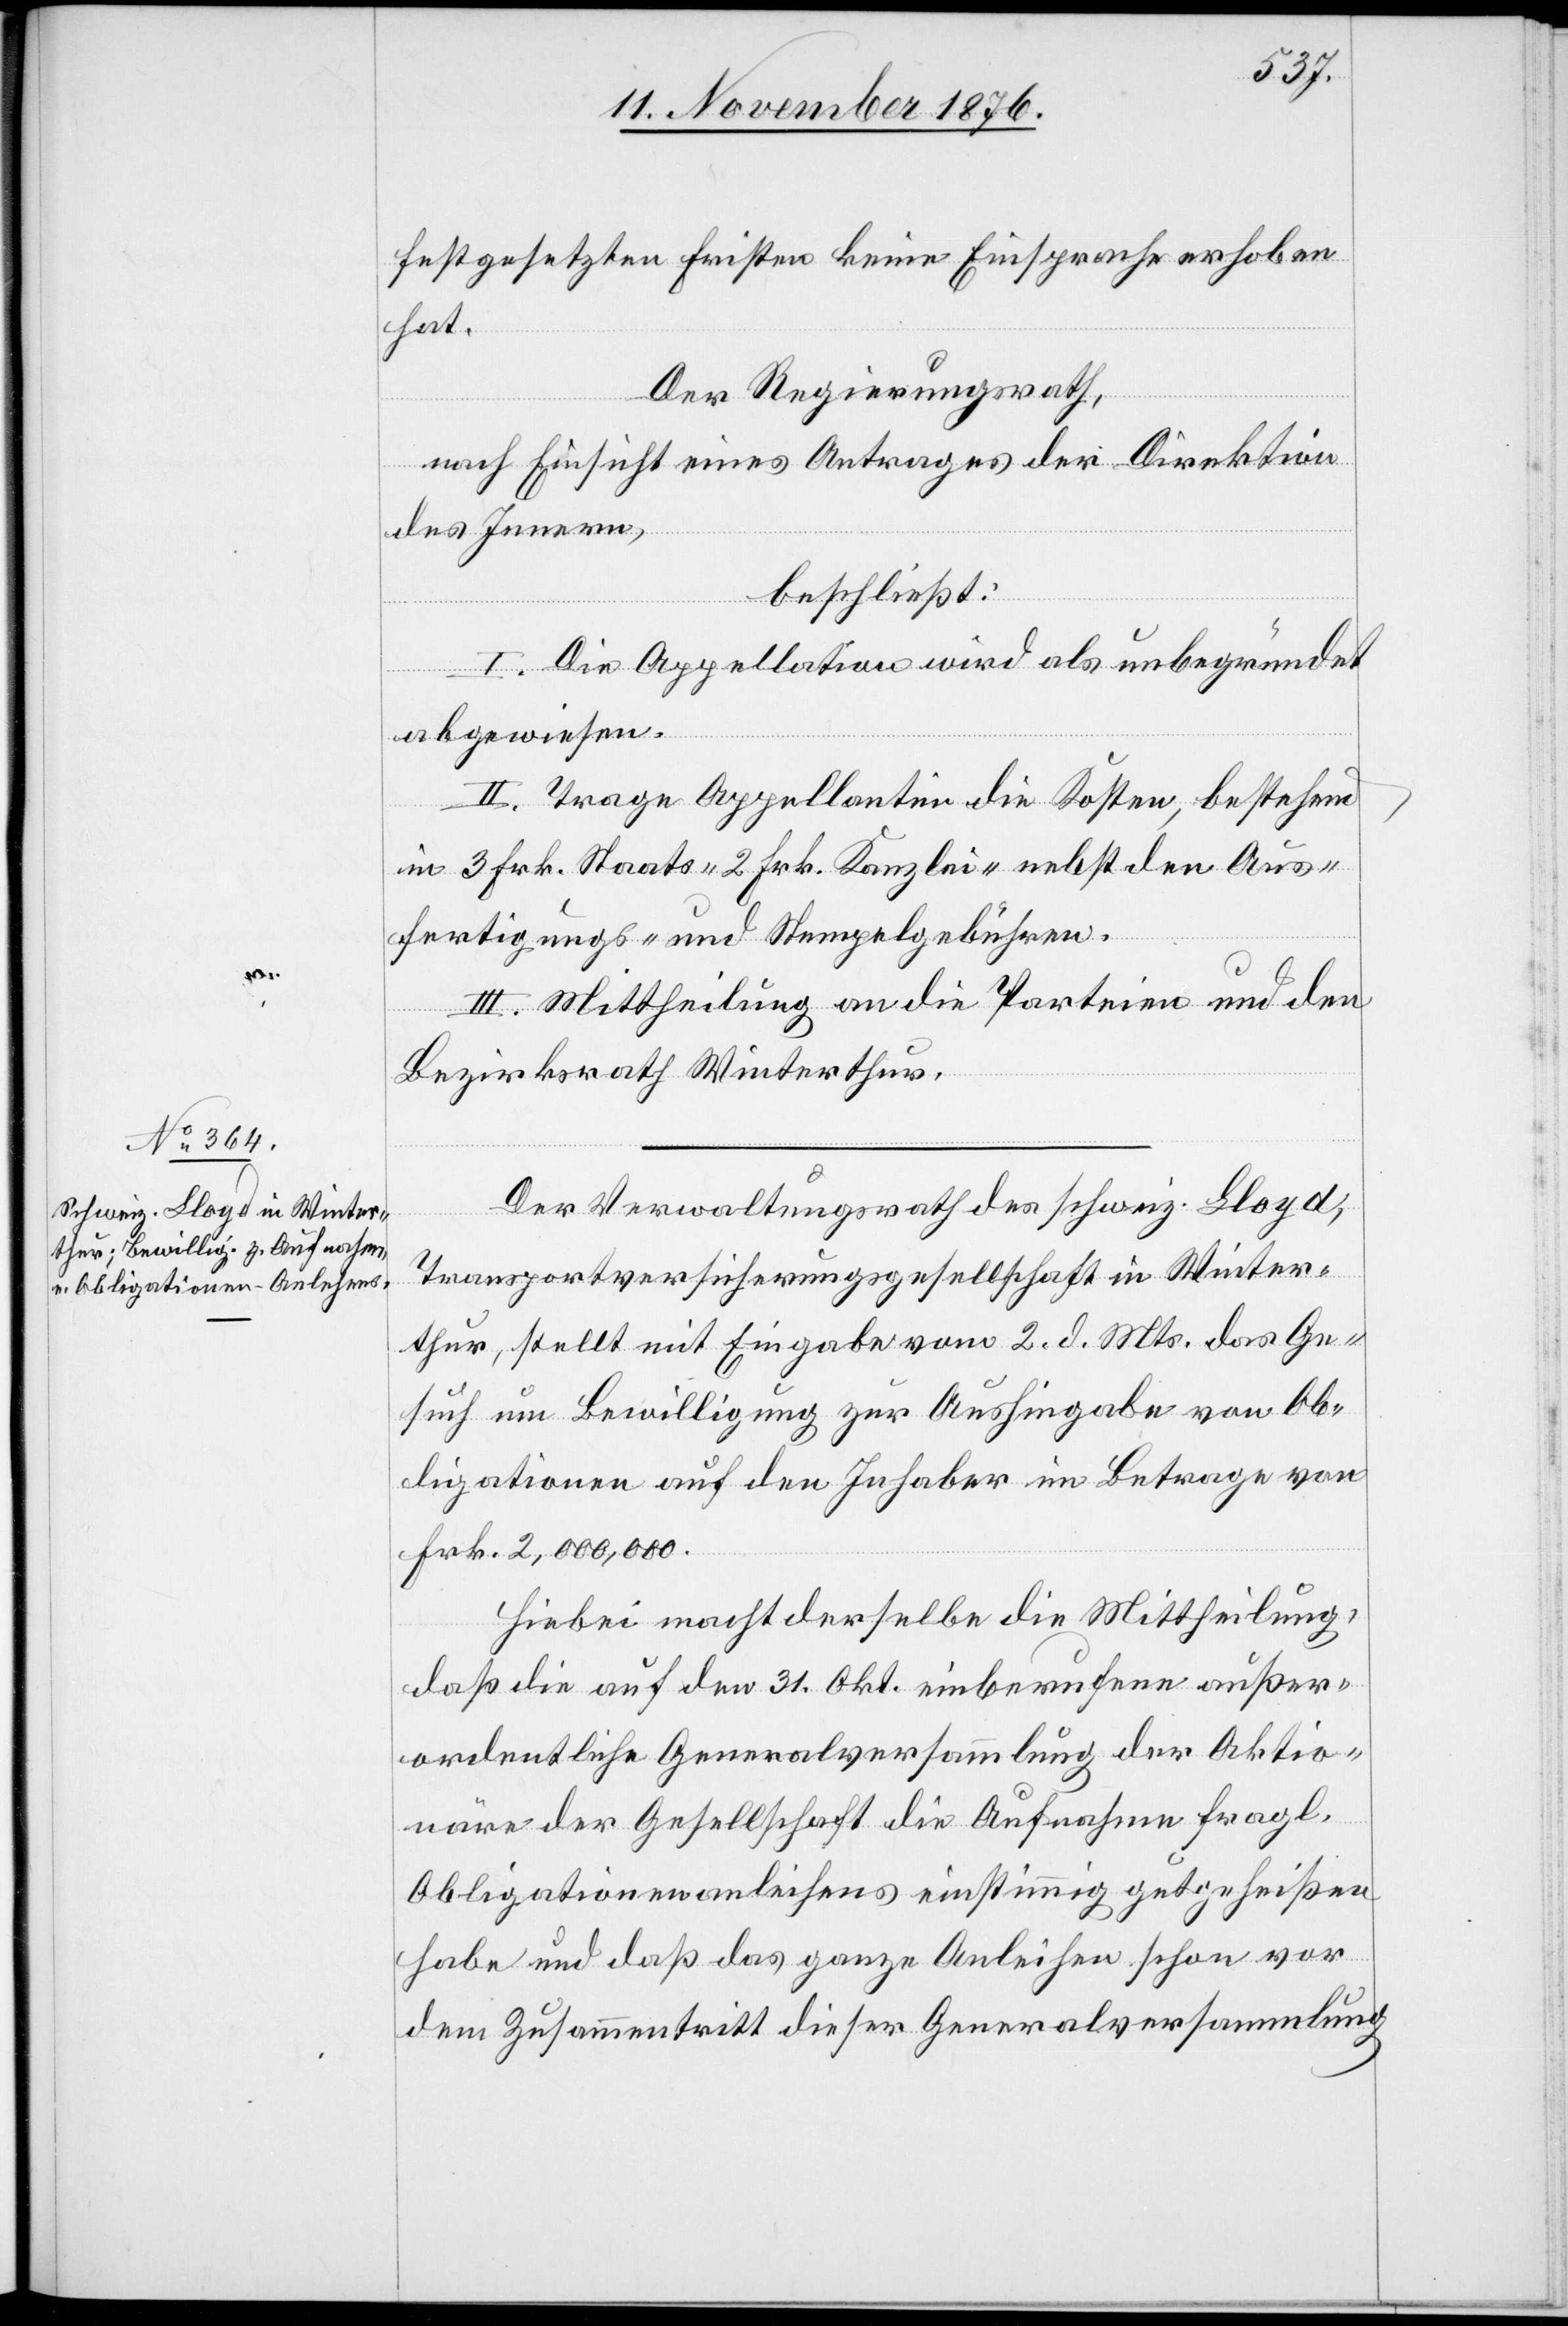
festgesetzten Fristen keine Einsprache erhoben
hat.
Der Regierungsrath,
nach Einsicht eines Antrages der Direktion
des Innern,
beschließt:
I. Die Appellation wird als unbegründet
abgewiesen.
II. Trage Appellantin die Kosten, bestehend
in 3 Frk. Staats- 2 Frk. Kanzlei- nebst den Aus¬
fertigungs- und Stempelgebühren.
III. Mittheilung an die Parteien und den
Bezirksrath Winterthur.
Der Verwaltungsrath des schweiz. Lloyd,
Transportversicherungsgesellschaft in Winter¬
thur, stellt mit Eingabe vom 2. d. Mts. das Ge¬
such um Bewilligung zur Aushingabe von Ob¬
ligationen auf den Inhaber im Betrage von
Frk. 2,000,000.
Hiebei macht derselbe die Mittheilung,
daß die auf den 31. Okt. einberufene außer¬
ordentliche Generalversammlung der Aktio¬
näre der Gesellschaft die Aufnahme fragl.
Obligationenanleihens einstimmig gutgeheißen
habe und daß das ganze Anleihen schon vor
dem Zusammentritt dieser Generalversammlung